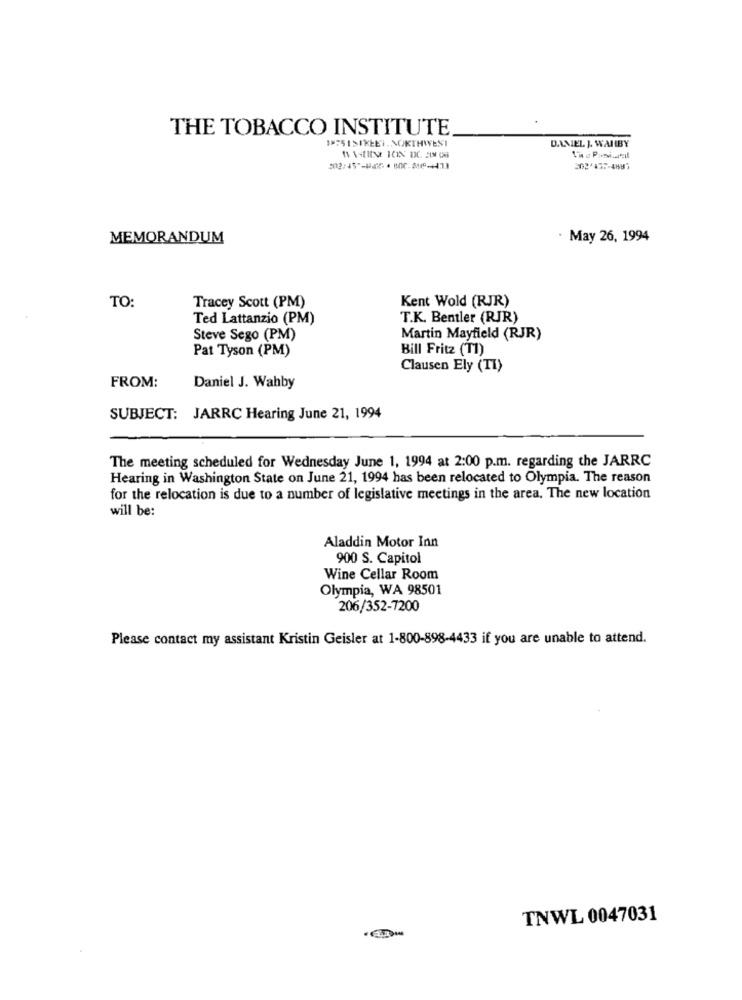
THE TOBACCO INSTITUTE
175 1STKEEI. NORTHWEST
DANIEL J. WARBY
MEMORANDUM
· May 26, 1994
TO:
Kent Wold (RJR)
Tracey Scott (PM)
Ted Lattanzio (PM)
T.K. Bentler (RJR)
Steve Sego (PM)
Martin Mayfield (RJR)
Pat Tyson (PM)
Bill Fritz (T1)
Clausen Ely (TI)
FROM:
Daniel J. Wahby
SUBJECT: JARRC Hearing June 21, 1994
The meeting scheduled for Wednesday June 1, 1994 at 2:00 p.m. regarding the JARRC
Hearing in Washington State on June 21, 1994 has been relocated to Olympia. The reason
for the relocation is due to a number of legislative meetings in the area. The new location
will be:
Aladdin Motor Inn
900 S. Capitol
Wine Cellar Room
Olympia, WA 98501
206/352-7200
Please contact my assistant Kristin Geisler at 1-800-898-4433 if you are unable to attend.
TNWL 0047031